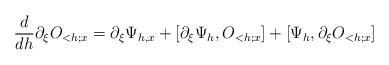
LaTeX: \begin{align*}\frac{d}{dh} \partial_{\xi} O_{<h;x} = \partial_\xi \Psi_{h,x} + [\partial_\xi \Psi_h,O_{<h;x}]+ [\Psi_h,\partial_\xi O_{<h;x}]\end{align*}